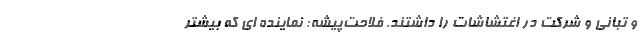
و تبانی و شرکت در اغتشاشات را داشتند. فلاحت‌پیشه: نماینده ای که بیشتر